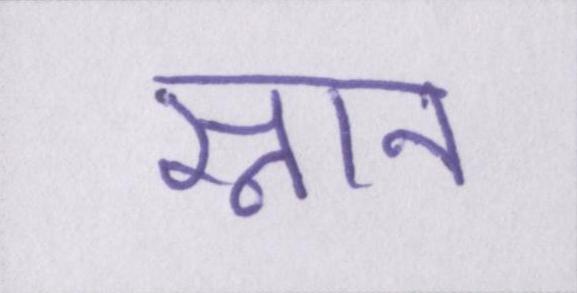
स्नान